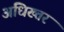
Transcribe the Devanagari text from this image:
अधिख्तर